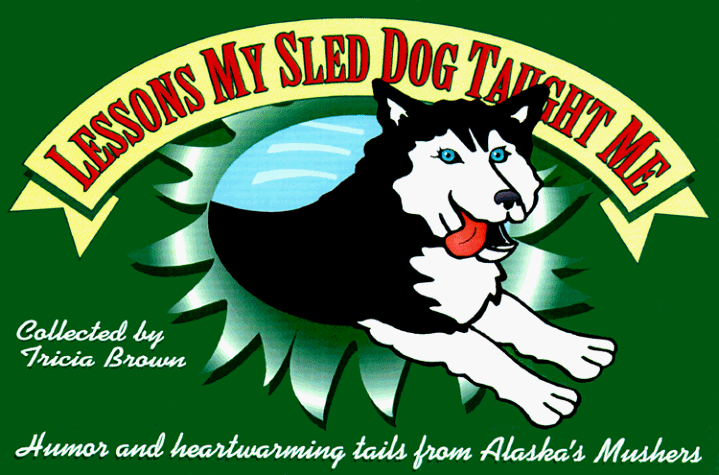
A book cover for Lessons My Sled Dog Taught Me: Humor & Heartwarming Tails from Alaska's Mushers; Sports & Outdoors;